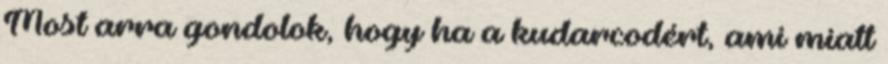
Most arra gondolok, hogy ha a kudarcodért, ami miatt